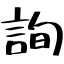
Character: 詢